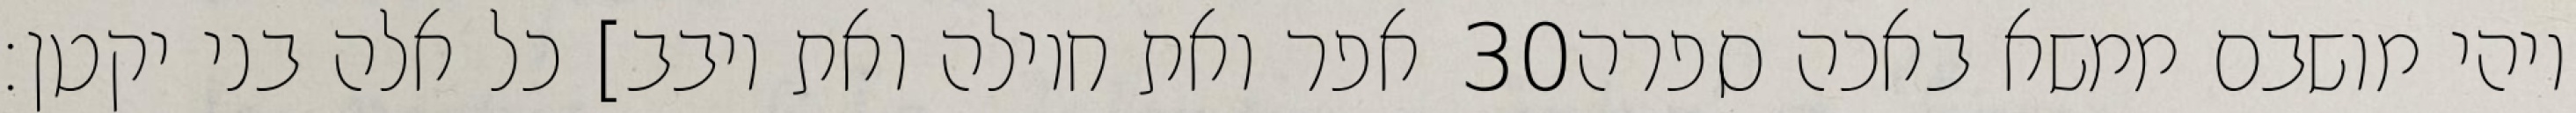
אפר ואת חוילה ואת יובב] כל אלה בני יקטן׃ ‎30‏ ויהי מושבם ממשא באכה ספרה